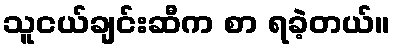
သူငယ်ချင်းဆီက စာ ရခဲ့တယ်။